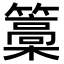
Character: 𮆥